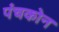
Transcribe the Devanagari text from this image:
पंचकोन